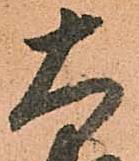
大